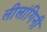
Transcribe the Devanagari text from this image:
लीलांगिनी